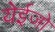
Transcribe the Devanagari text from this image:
येईजो